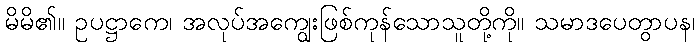
မိမိ၏။ ဥပဋ္ဌာကေ၊ အလုပ်အကျွေးဖြစ်ကုန်သောသူတို့ကို။ သမာဒပေတွာပန၊